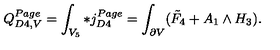
Q _ { D 4 , V } ^ { P a g e } = \int _ { V _ { 5 } } * j _ { D 4 } ^ { P a g e } = \int _ { \partial V } ( \tilde { F } _ { 4 } + A _ { 1 } \wedge H _ { 3 } ) .